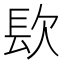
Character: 𨱟